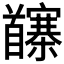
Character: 𩠵